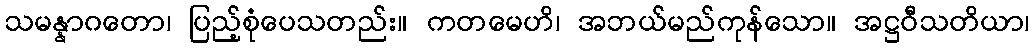
သမန္နာဂတော၊ ပြည့်စုံပေသတည်း။ ကတမေဟိ၊ အဘယ်မည်ကုန်သော။ အဋ္ဌဝီသတိယာ၊